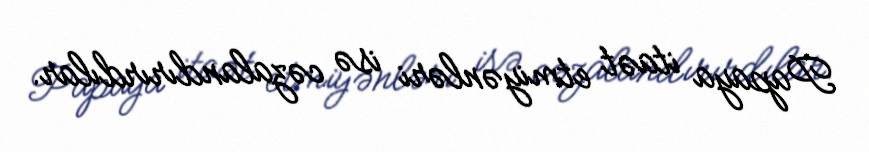
Papaya itaət etmiyənləri isə cəzalandırırdılar.